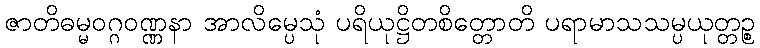
ဇာတိဓမ္မဝဂ္ဂဝဏ္ဏနာ အာလိမ္ပေသုံ ပရိယုဋ္ဌိတစိတ္တောတိ ပရာမာသသမ္ပယုတ္တဉ္စ